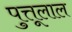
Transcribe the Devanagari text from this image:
पुत्तूलाल